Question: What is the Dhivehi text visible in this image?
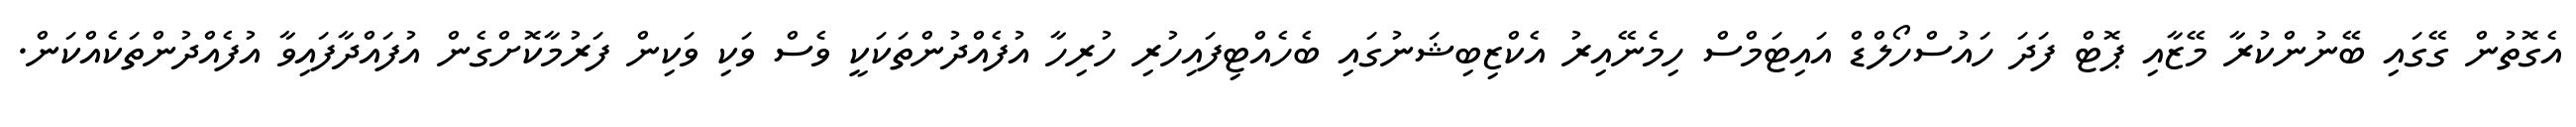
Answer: އެގޮތުން ގޭގައި ބޭނުންކުރާ މޭޒާއި ޕޮޓް ފަދަ ހައުސްހޯލްޑް އައިޓަމްސް ހިމެނޭއިރު އެކްޒިބިޝަނުގައި ބެހެއްޓިފައިހުރި ހުރިހާ އުފެއްދުންތަކަކީ ވެސް ވަކި ވަކިން ފަރުމާކޮށްގެން އުފައްދާފައިވާ އުފެއްދުންތަކެއްކަން.